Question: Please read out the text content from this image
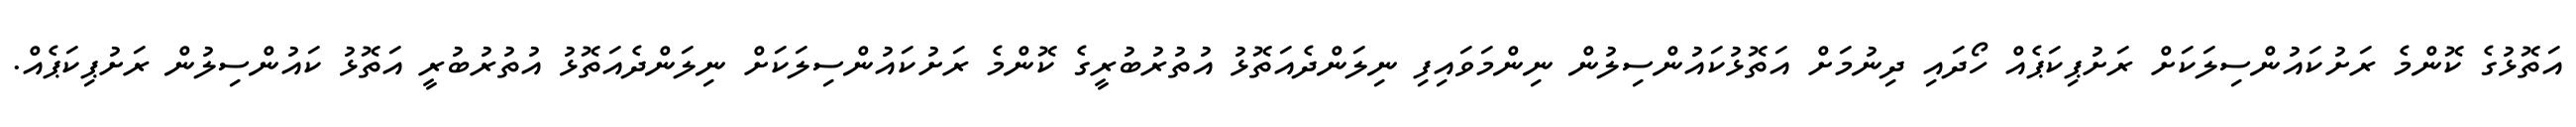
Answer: އަތޮޅުގެ ކޮންމެ ރަށުކައުންސިލަކަށް ރަށުޕިކަޕެއް ހޯދައި ދިނުމަށް އަތޮޅުކައުންސިލުން ނިންމަވައިފި ނިލަންދެއަތޮޅު އުތުރުބުރީގެ ކޮންމެ ރަށުކައުންސިލަކަށް ނިލަންދެއަތޮޅު އުތުރުބުރީ އަތޮޅު ކައުންސިލުން ރަށުޕިކަޕެއް.